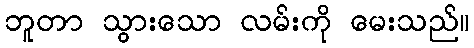
ဘူတာ သွားသော လမ်းကို မေးသည်။